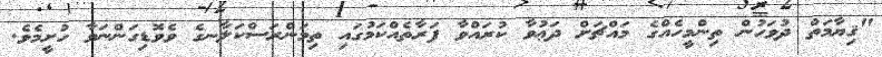
"ޤިޔާމަތް ދުވަހުން ތިންމީހެއްގެ މައްޗަށް ދަޢުވާ ކުރައްވާ ފަރާތެއްކަމުގައި ތިމަންރަސްކަލާނގެ ވެވޮޑިގަންނަވާ ހުށީމެވެ.